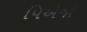
પિએજો